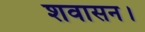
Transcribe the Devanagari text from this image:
शवासन।